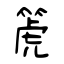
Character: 箎